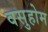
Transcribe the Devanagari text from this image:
वसुहोम